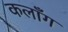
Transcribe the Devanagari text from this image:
कलाँग